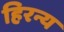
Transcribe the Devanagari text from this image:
हिरन्य